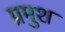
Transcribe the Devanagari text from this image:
प्रमुश